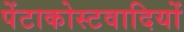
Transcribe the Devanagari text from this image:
पेंटाकोस्टवादियों